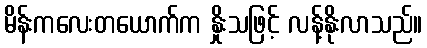
မိန်းကလေးတယောက်က နှိုးသဖြင့် လန့်နိုးလာသည်။